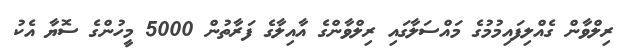
ރިލްވާން ގެއްލިފައިމުމުގެ މައްސަލާގައި ރިލްވާންގެ އާއިލާގެ ފަރާތުން 5000 މީހުންގެ ސޮޔާ އެކު